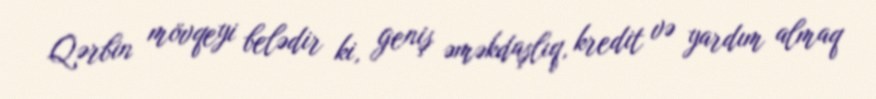
Qərbin mövqeyi belədir ki, geniş əməkdaşlıq, kredit və yardım almaq